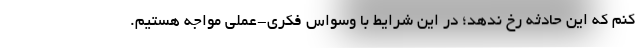
کنم که این حادثه رخ ندهد؛ در این شرایط با وسواس فکری-عملی مواجه هستیم.